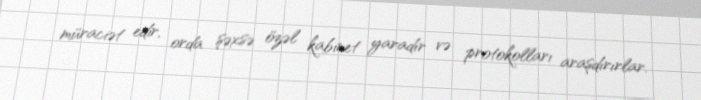
müraciət edir, orda şəxsə özəl kabinet yaradır və protokolları araşdırırlar.